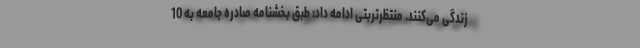
زندگی می‌کنند. منتظرتربتی ادامه داد: طبق بخشنامه صادره جامعه به 10